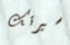
سيرتك